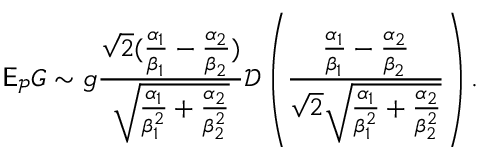
\mathsf E _ { \mathcal P } G \sim g \frac { \sqrt 2 ( \frac { \alpha _ { 1 } } { \beta _ { 1 } } - \frac { \alpha _ { 2 } } { \beta _ { 2 } } ) } { \sqrt { \frac { \alpha _ { 1 } } { \beta _ { 1 } ^ { 2 } } + \frac { \alpha _ { 2 } } { \beta _ { 2 } ^ { 2 } } } } \mathcal D \left( \frac { \frac { \alpha _ { 1 } } { \beta _ { 1 } } - \frac { \alpha _ { 2 } } { \beta _ { 2 } } } { \sqrt 2 \sqrt { \frac { \alpha _ { 1 } } { \beta _ { 1 } ^ { 2 } } + \frac { \alpha _ { 2 } } { \beta _ { 2 } ^ { 2 } } } } \right) .